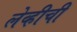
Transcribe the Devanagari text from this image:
लेव्हीची